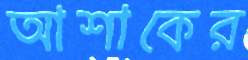
আশাকের